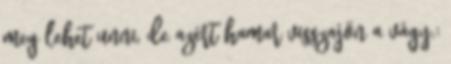
meg lehet unni, de azért hamar visszajön a vágy.: